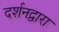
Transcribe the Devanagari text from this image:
दर्शनद्वारा